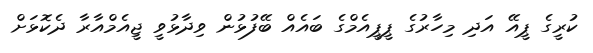
ކުރީގެ ޕީއޭ އަދި މިހާރުގެ ޕީޕީއެމްގެ ބައެއް ބޭފުޅުން ވިދާޅުވީ ޖީއެމްއާރާ ދެކޮޅަށް